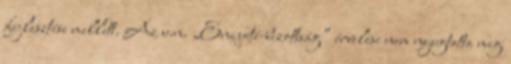
fejlesztése mellett. Az u.n. „Enqueté-bizottság” érvelése nem nyugtatta meg